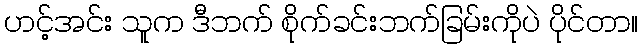
ဟင့်အင်း သူက ဒီဘက် စိုက်ခင်းဘက်ခြမ်းကိုပဲ ပိုင်တာ။